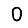
Digit: 0